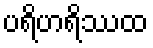
ပရိဟရိဿထ